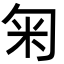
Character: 匊